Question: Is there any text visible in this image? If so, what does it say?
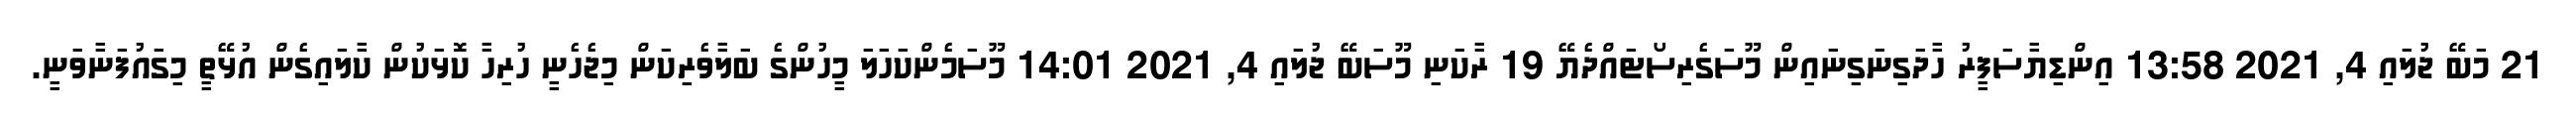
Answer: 21 މަބޭ ޖުލައި 4, 2021 13:58 އިންޑިޔާސަފީރު ހާދަގިނަގިނައިން މޫސަގެރިސޯޓައްދެޔޭ 19 ރާކަނި މޫސަބޭ ޖުލައި 4, 2021 14:01 މޫސަމެންކަހަލަ މީހުންގެ ބަލާވެރިކަން މިޖެހެނީ ހުރިހާ ކޮޅަކުން ކާލައިގެން އުޅޭތީ މިގައުފަނާވަނީ.